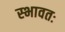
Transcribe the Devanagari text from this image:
स्भावतः